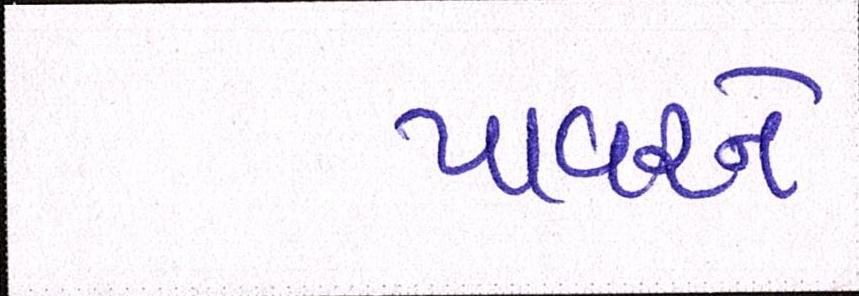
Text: પાવરને